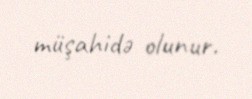
müşahidə olunur.